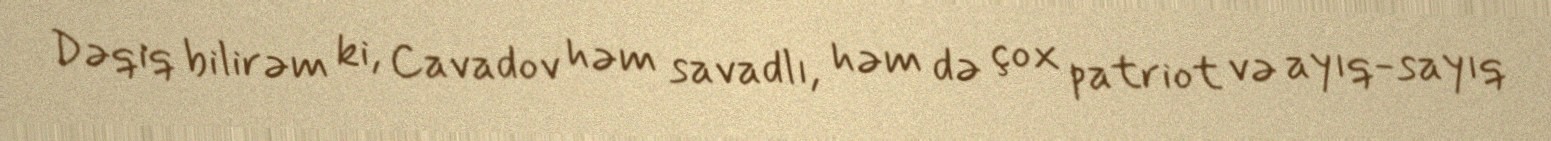
Dəqiq bilirəm ki, Cavadov həm savadlı, həm də çox patriot və ayıq-sayıq